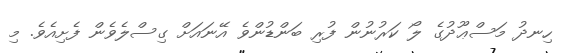
ހިނދު މަސްޢޫދުގެ ލޯ ކަރުނުން ފުރި ބަންޑުންވެ އޭނައަށް ގިސްލެވެން ފެށިއެވެ. މި